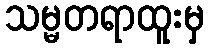
သမ္မတရာထူးမှ